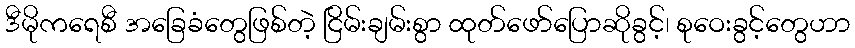
ဒီမိုကရေစီ အခြေခံတွေဖြစ်တဲ့ ငြိမ်းချမ်းစွာ ထုတ်ဖော်ပြောဆိုခွင့်၊ စုဝေးခွင့်တွေဟာ